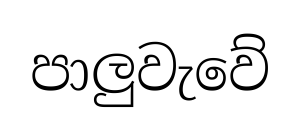
පාලුවැවේ